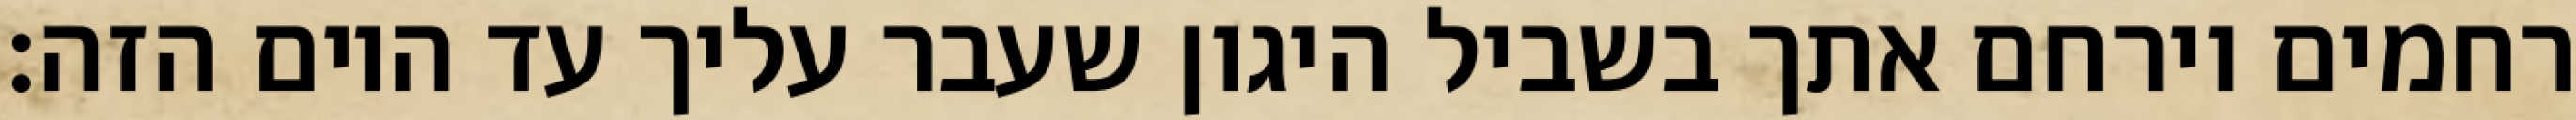
רחמים וירחם אתך בשביל היגון שעבר עליך עד היום הזה: